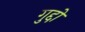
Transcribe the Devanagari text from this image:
गुद्दों